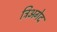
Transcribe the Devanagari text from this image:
त्रिअगेद